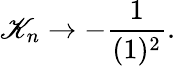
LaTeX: \mathscr{K}_{n}\rightarrow-\frac{{1}}{{(1)^{2}}}.